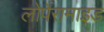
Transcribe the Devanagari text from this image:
लोपेरामाइड